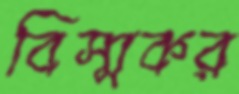
বিস্মকর